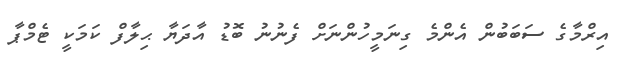
އިރްމާގެ ސަބަބުން އެންމެ ގިނަމީހުންނަށް ފެނުނު ބޮޑު އާދަޔާ ޙިލާފް ކަމަކީ ޓެމްޕާ